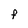
Character: f